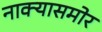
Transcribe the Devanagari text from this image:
नाक्‍यासमोर